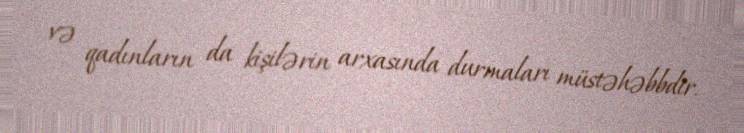
və qadınların da kişilərin arxasında durmaları müstəhəbbdir.